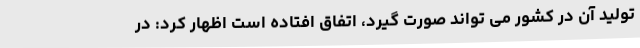
تولید آن در کشور می تواند صورت گیرد، اتفاق افتاده است اظهار کرد: در